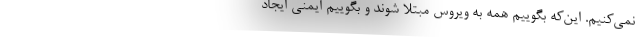
نمی‌کنیم. این‌که بگوییم همه به ویروس مبتلا شوند و بگوییم ایمنی ایجاد